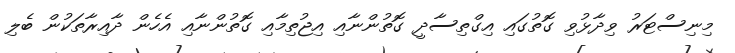
މިނިސްޓަރު ވިދާޅުވި ގޮތުގައި އިގްތިސާދީ ގޮތުންނާއި އިޖުތިމާއި ގޮތުންނާއި އެހެން ދާއިރާތަކުން ބެލި